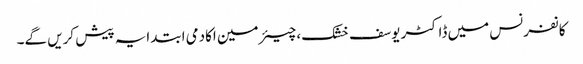
کانفرنس میں ڈاکٹر یوسف خشک، چیئرمین اکادمی ابتدایہ پیش کریں گے۔